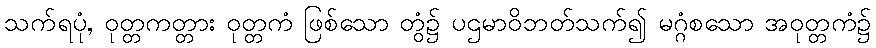
သက်ရပုံ, ဝုတ္တကတ္တား ဝုတ္တကံ ဖြစ်သော တွံ၌ ပဌမာဝိဘတ်သက်၍ မဂ္ဂံစသော အဝုတ္တကံ၌